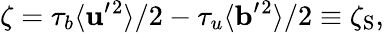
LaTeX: \zeta=\tau_{b}\langle{{\mathbf{u}}^{\prime}{}^{2}}\rangle/2-\tau_{u}\langle{{\mathbf{b}}^{\prime}{}^{2}}\rangle/2\equiv\zeta_{\mathrm{{S}}},